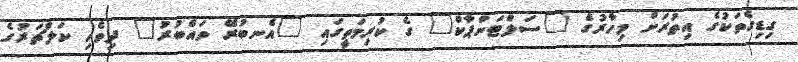
ގިޑިގެތަކުގެ އިތުރަށް މިހާރުގެ "ސަލްޓަންޕާކް" ގެ ކުރިމަތީގައި "އެނބުރޭ ވައްބުރު" ދިވެހި ކަލްޗަރުގެ